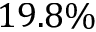
1 9 . 8 \%